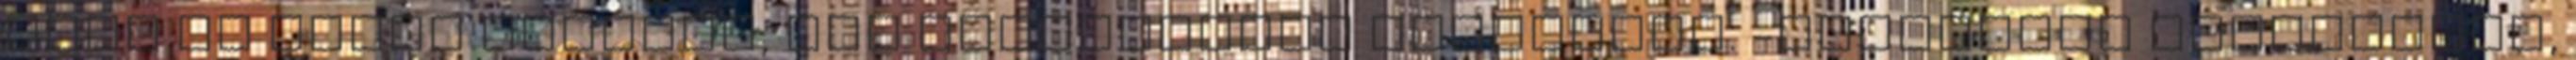
nála is lehet valamit, így Dardanoszra vigyorgok. -Szeretnéd megmotozni,